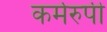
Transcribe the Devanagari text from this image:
कर्मरुपी